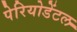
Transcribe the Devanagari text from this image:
पेरियोडेंटल